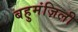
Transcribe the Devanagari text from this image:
बहुमंज़िली